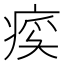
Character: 𬏰